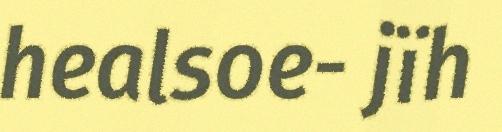
healsoe- jïh